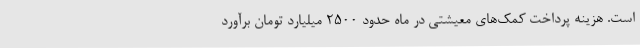
است. هزینه پرداخت کمک‌های معیشتی در ماه حدود 2500 میلیارد تومان برآورد